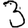
Digit: 3